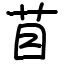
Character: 苜